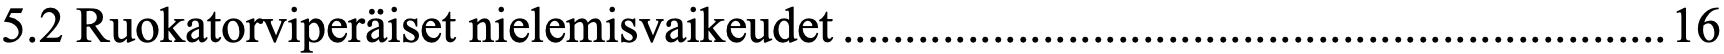
5.2 Ruokatorviperäiset nielemisvaikeudet .................................................................. 16